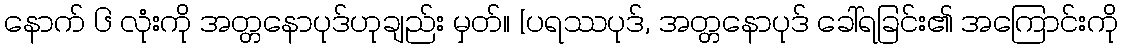
နောက် ၆ လုံးကို အတ္တနောပုဒ်ဟုချည်း မှတ်။ [ပရဿပုဒ်, အတ္တနောပုဒ် ခေါ်ရခြင်း၏ အကြောင်းကို